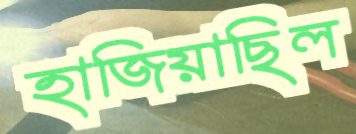
হাজিয়াছিল